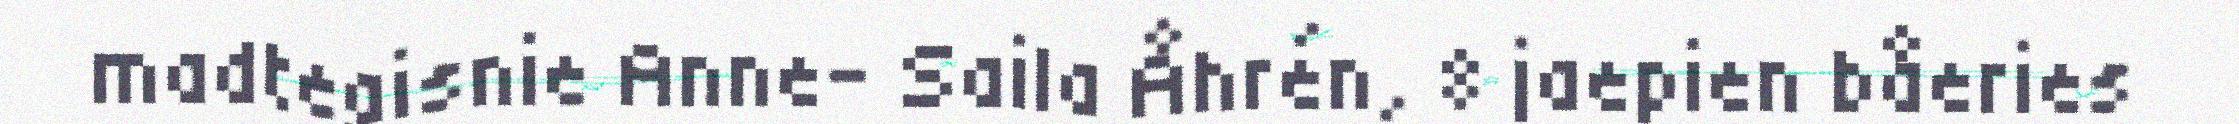
madtegisnie Anne- Saila Åhrén, 8 jaepien båeries